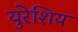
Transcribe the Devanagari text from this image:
युरेशिय